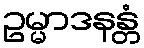
ဥမ္မာဒနန္တံ